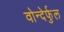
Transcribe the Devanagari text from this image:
वोन्देर्फुल